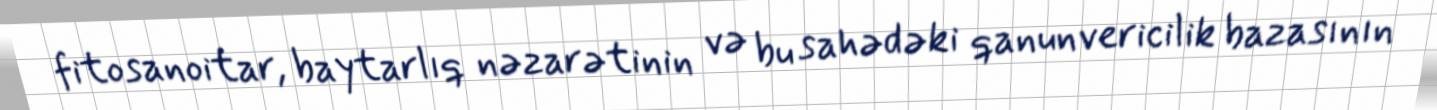
fitosanoitar, baytarlıq nəzarətinin və bu sahədəki qanunvericilik bazasının